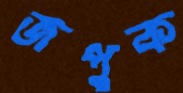
জপুক